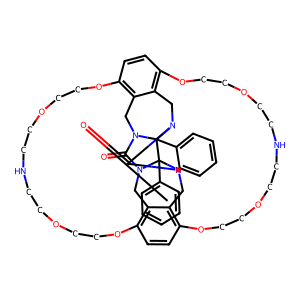
SMILES: O=C1N2Cc3c4ccc5c3CN3C(=O)N6Cc7c(ccc(c7CN1C6(c1ccccc1)C23c1ccccc1)OCCOCCNCCOCCO4)OCCOCCNCCOCCO5
Inhibits HIV replication: No